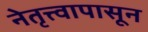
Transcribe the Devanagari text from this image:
नेतृत्त्वापासून